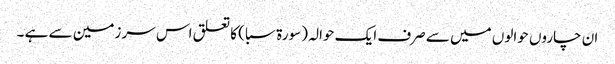
ان چاروں حوالوں میں سے صرف ایک حوالہ (سورة سبا ) کا تعلق اس سر زمین سے ہے ۔